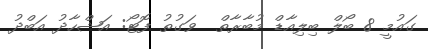
ގައުމީ 8 ބޯލް ބިލިއާޑް މުބާރާތް  ވަގުތު ފޮޓޯ: އަޝްހާދު އަބްދު